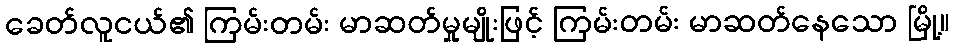
ခေတ်လူငယ်၏ ကြမ်းတမ်း မာဆတ်မှုမျိုးဖြင့် ကြမ်းတမ်း မာဆတ်နေသော မြို့။